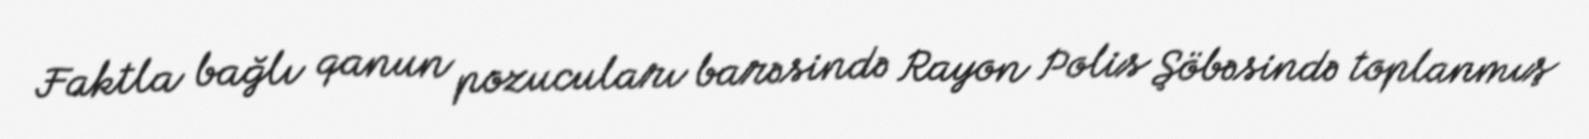
Faktla bağlı qanun pozucuları barəsində Rayon Polis Şöbəsində toplanmış